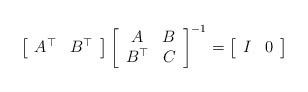
LaTeX: \begin{align*}\left[\begin{array}{cc}A^{\top} & B^{\top}\end{array}\right]\left[\begin{array}{cc}A & B\\B^{\top} & C\end{array}\right]^{-1}=\left[\begin{array}{cc}I & 0\end{array}\right]\end{align*}